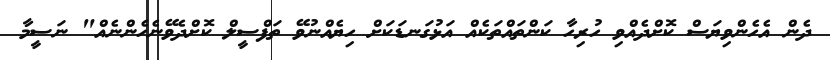
ދެން އެހެންވިޔަސް ކޮށްދެއްވި ހުރިހާ ކަންތައްތަކެއް އަޅުގަނޑަކަށް ހިޔެއްނުވޭ ތަފްސީލް ކޮށްދެވޭނެހެންނެއް" ނަސީމާ